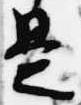
是